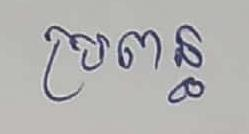
ប្រពន្ធ